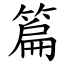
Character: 篇